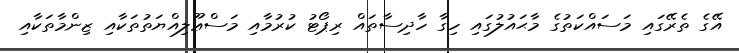
އޭގެ ތެރޭގައި މަސައްކަތުގެ މާޙައުލުގައި ހިގާ ހާދިސާތައް ރިޕޯޓު ކުރުމާއި މަސްޢޫލިއްޔަތުތަކާއި ޒިންމާތަކާއި